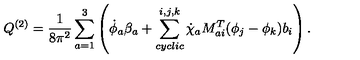
{ Q } ^ { ( 2 ) } = \frac { 1 } { 8 \pi ^ { 2 } } \sum _ { a = 1 } ^ { 3 } \left( \dot { \phi } _ { a } \beta _ { a } + \sum _ { c y c l i c } ^ { i , j , k } \dot { \chi } _ { a } M _ { a i } ^ { T } ( \phi _ { j } - \phi _ { k } ) b _ { i } \right) .